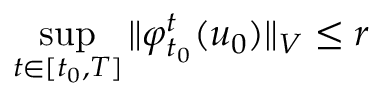
\operatorname* { s u p } _ { t \in [ t _ { 0 } , T ] } \Vert \varphi _ { t _ { 0 } } ^ { t } ( u _ { 0 } ) \Vert _ { V } \leq r